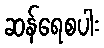
ဆန်ရေစပါး